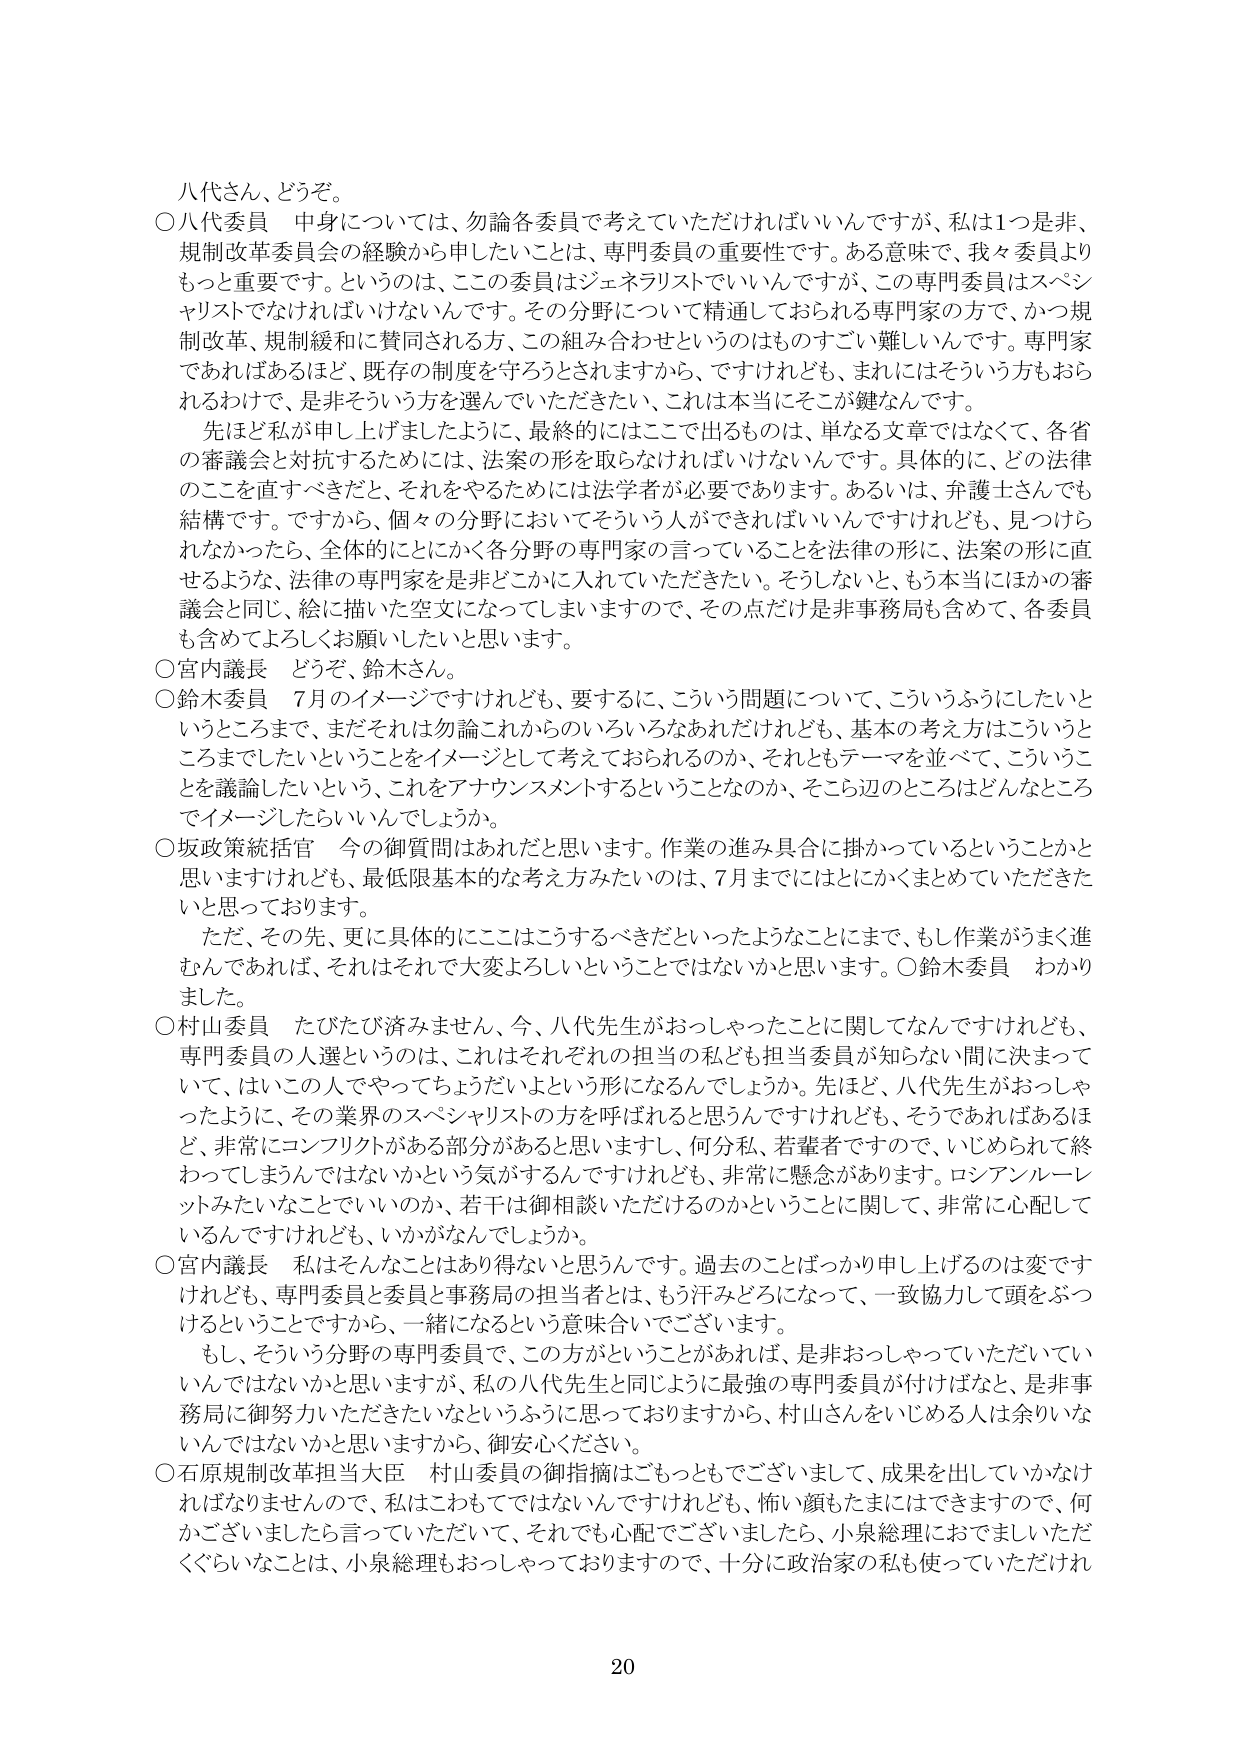
八代さん、どうぞ。

○八代委員　中身については、勿論各委員で考えていただければいいんですが、私は1つは非、規制改革委員会の経験から申ししたいことは、専門委員の重要性です。ある意味で、我々委員よりもっと重要です。というのは、この委員はジェネラリストでいいんですが、この専門委員はスペシャリストでなければいけないんです。その分野について精通しておられる専門家の方で、かつ規制改革、規制緩和に賛同される方、この組み合わせというのはものすごく難しいんです。専門家であればあるほど、既存の制度を守ろうとされますから、ですけれども、まれにはそういう方もおられるわけで、是非そういう方を選んでいただきたい、これは本当にそこが鍵なんです。

　先ほど私が申し上げましたように、最終的にはここで出るものは、単なる文章ではなくて、各省の審議会と対抗するためには、法案の形を取らなければいけないんです。具体的に、どの法律のことを直すべきだと、それをやるためには法学者が必要であります。あるいは、弁護士さんでも結構です。ですから、個々の分野においてそういう人ができればいいんですけれども、見つけられなかったら、全体的にとにかく各分野の専門家の言っていることを法律の形に、法案の形に直せるような、法律の専門家を非どこかに入れていただきたい。そうしないと、もう本当にはかの審議会と同じ、総に描いた空文になってしまいますので、その点だけは非事務局も含めて、各委員も含めてよろしくお願いしたいと思います。

○宮内議長　どうぞ、鈴木さん。

○鈴木委員　7月のイメージですけれども、要するに、こういう問題について、こういうふうにしたいというところまで、まだそれは勿論これからのいろいろなあれだけれども、基本の考え方はこういうところまでしたいということをイメージとして考えておられるのか、それともテーマを並べて、こういうことを議論したいという、これをアナウンスメントするということなのか、そこ辺のところはどんなところまでイメージしたらいいんでしょうか。

○坂政策統括官　今の御質問はあれだと思います。作業の進み具合に掛かっているということかと思いますけれども、最低限基本的な考え方みたいのは、7月までにはとにかくまとめていただきたいと思っております。

　ただ、その先、更に具体的にここはこうするべきだといったようなことにまで、もし作業がうまく進むんであれば、それはそれで大変よろしいということではないかと思います。○鈴木委員　わかりました。

○村山委員　たびたび済みません、今、八代先生がおっしゃったことに関してなんですけれども、専門委員の人選というのは、これはそれぞれの担当の私ども担当委員が知らない間に決まっていて、はいこの人でやってちょうだいよという形になるんでしょうか。先ほど、八代先生がおっしゃったように、その業界のスペシャリストの方を呼ばれると思うんですけれども、そうであればあるほど、非常にコンフリクトがある部分があると思いますし、何分私、若輩者ですので、いじめられて終わってしまうんではないかという気がするんですけれども、非常に懸念があります。ロシアンルーレットみたいなことでいいのか、若干は御相談いただけるのかということに関して、非常に心配しているんですけれども、いかがなんでしょうか。

○宮内議長　私はそんなことはあり得ないと思うんです。過去のことばっかり申し上げるのは変ですけれども、専門委員と委員と事務局の担当者とは、もう汗みどろになって、一致協力して頭をぶつけるということですから、一緒になるという意味合いでございます。

　もし、そういう分野の専門委員で、この方がということがあれば、是非おっしゃっていただいていいんではないかと思いますが、私の八代先生と同じように最強の専門委員が付けばなと、是非事務局に御努力いただきたいなというふうに思っておりますから、村山さんをいじめる人は余りいないんではないかと思いますから、御安心ください。

○石原規制改革担当大臣　村山委員の御指摘はごもっともでございまして、成果を出していかなければなりませんので、私はこわもてではないんですけれども、怖い顔もたまにはできますので、何かございましたら言っていただいて、それでも心配でございましたら、小泉総理におでましいただくぐらいなことは、小泉総理もおっしゃっておりますので、十分に政治家の私も使っていただければ

20